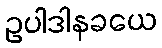
ဥပါဒါနခယေ